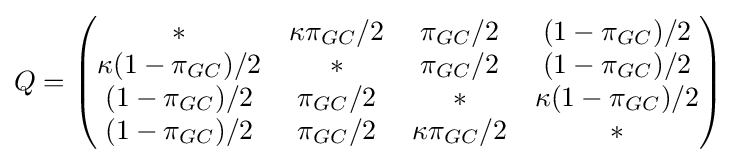
Q={\begin{pmatrix}{*}&{\kappa \pi _{GC}/2}&{\pi _{GC}/2}&{(1-\pi _{GC})/2}\\{\kappa (1-\pi _{GC})/2}&{*}&{\pi _{GC}/2}&{(1-\pi _{GC})/2}\\{(1-\pi _{GC})/2}&{\pi _{GC}/2}&{*}&{\kappa (1-\pi _{GC})/2}\\{(1-\pi _{GC})/2}&{\pi _{GC}/2}&{\kappa \pi _{GC}/2}&{*}\end{pmatrix}}